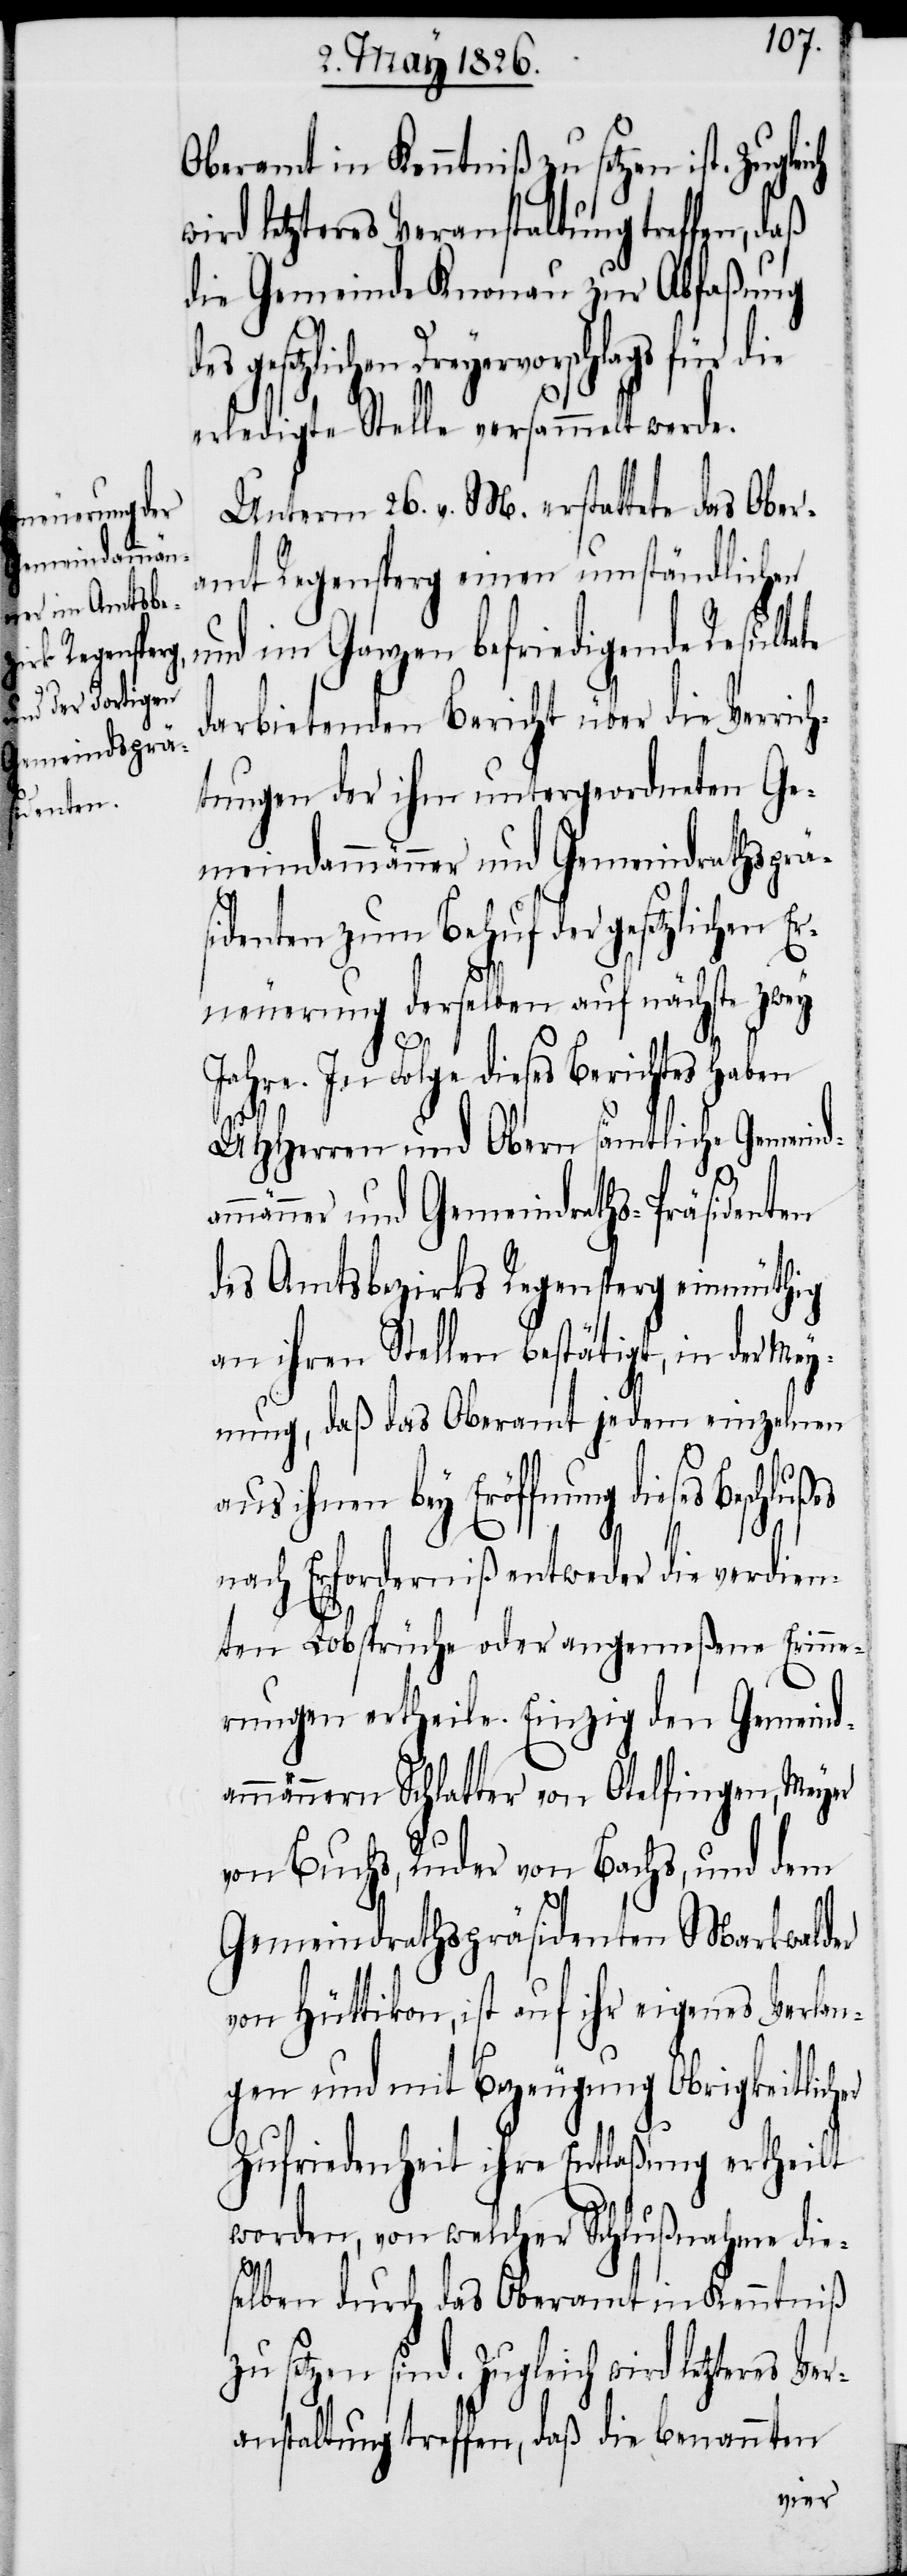
Oberamt in Kenntniß zu setzen ist.
ird letzteres Veranstaltung treffen, daß
die Gemeinde Knonau zur Abfaßung
Dreyervorschlags für die
erledigte Stelle versammelt werde.
Unterm 26. v. M., erstattete das Ober¬
amt Regensperg einen umständlichen
und im Ganzen befriedigende Resulta¬
darbietenden Bericht über die Verrich¬
tungen der ihm untergeordneten Ge¬
meindammänner und Gemeindrathsprä¬
sidenten zum Behuf der gesetzlichen E¬
rneuerung derselben auf nächste zwey
In Folge dieses Berichtes
UHHerren und Obern sämtliche Gemeind¬
mmänner und Gemeindraths-Präsidenten
des Amtsbezirks Regensperg einmüthig
an ihren Stellen bestätigt, in der Mey¬
nung, daß das Oberamt jedem Einzelnen
aus ihnen bey Eröffnung dieses
a¬
nach Erforderniß entweder die verdien¬
ten Lobsprüche oder angemeßene Erinne¬
rungen ertheile. Einzig den Gemeind¬
ammännern Schlatter von Otelfingen, Meyer
von Buchs, Ruder von Bachs, und dem
Gemeindrathspräsidenten Markwalder
von Hüttikon, ist auf ihr eigenes Verlan¬
gen, und mit Bezeugung Obrigkeitlicher
Zufriedenheit ihre Entlaßung ertheilt
worden, von welcher Schlußnahme die¬
selben durch das Oberamt in Kenntniß
zu setzen sind. Zugleich wird letzteres Ve¬
ranstaltung treffen, daß die benannten